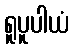
ရူပူပါယံ